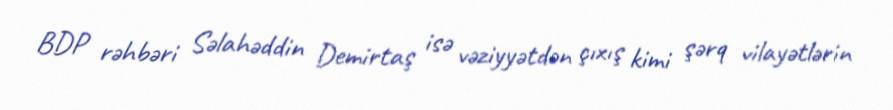
BDP rəhbəri Səlahəddin Demirtaş isə vəziyyətdən çıxış kimi şərq vilayətlərin